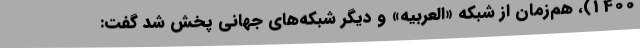
1400)، هم‌زمان از شبکه «العربیه» و دیگر شبکه‌های جهانی پخش شد گفت: